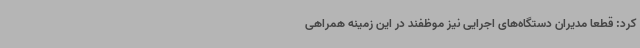
کرد: قطعاً مدیران دستگاه‌های اجرایی نیز موظفند در این زمینه همراهی